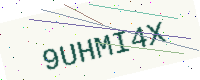
Text: 9UHMI4X